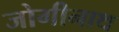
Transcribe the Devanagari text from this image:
जोगीनाथ